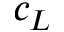
c _ { L }